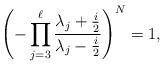
LaTeX: \begin{align*}\left(-\prod_{j=3}^\ell\frac{\lambda_j+\frac{i}{2}}{\lambda_j-\frac{i}{2}}\right)^N=1,\end{align*}